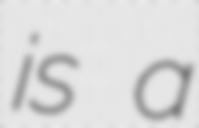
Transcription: is a